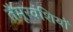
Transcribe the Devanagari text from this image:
तैमूरवंशियों